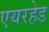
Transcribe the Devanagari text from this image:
एयरहेड